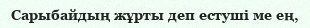
Сарыбайдың жұрты деп естуші ме ең,